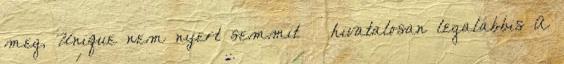
meg, Unique nem nyert semmit – hivatalosan legalábbis A